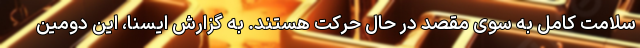
سلامت کامل به سوی مقصد در حال حرکت هستند. به گزارش ایسنا، این دومین